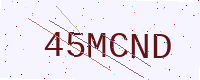
Text: 45MCND